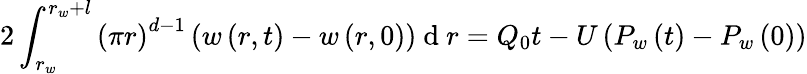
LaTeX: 2\int_{r_{w}}^{r_{w}+l}\left(\pi r\right)^{d-1}\left(w\left(r,t\right)-w\left(r,0\right)\right)\mathrm{~d~}r=Q_{0}t-U\left(P_{w}\left(t\right)-P_{w}\left(0\right)\right)